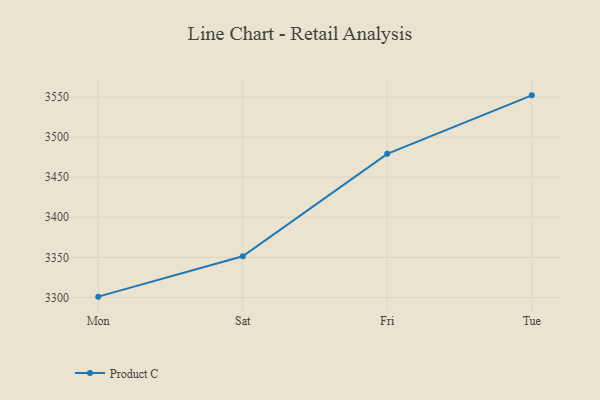
{"axis": {"x": "Day", "y": "Satisfaction Score"}, "legend": ["Product C"], "data": [{"x": "Mon", "y": 3301.0, "type": "Product C"}, {"x": "Sat", "y": 3351.3, "type": "Product C"}, {"x": "Fri", "y": 3479.1, "type": "Product C"}, {"x": "Tue", "y": 3552.1, "type": "Product C"}]}